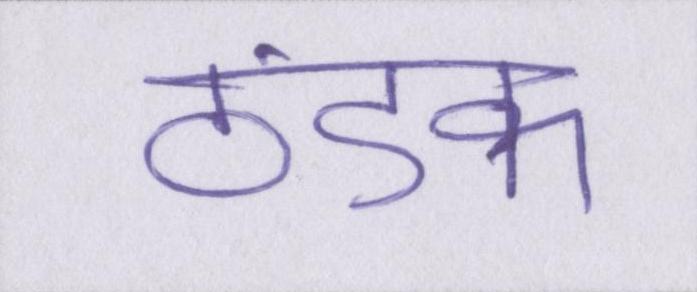
ठंडक